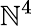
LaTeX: \mathbb{N}^{4}